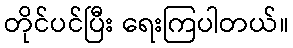
တိုင်ပင်ပြီး ရေးကြပါတယ်။